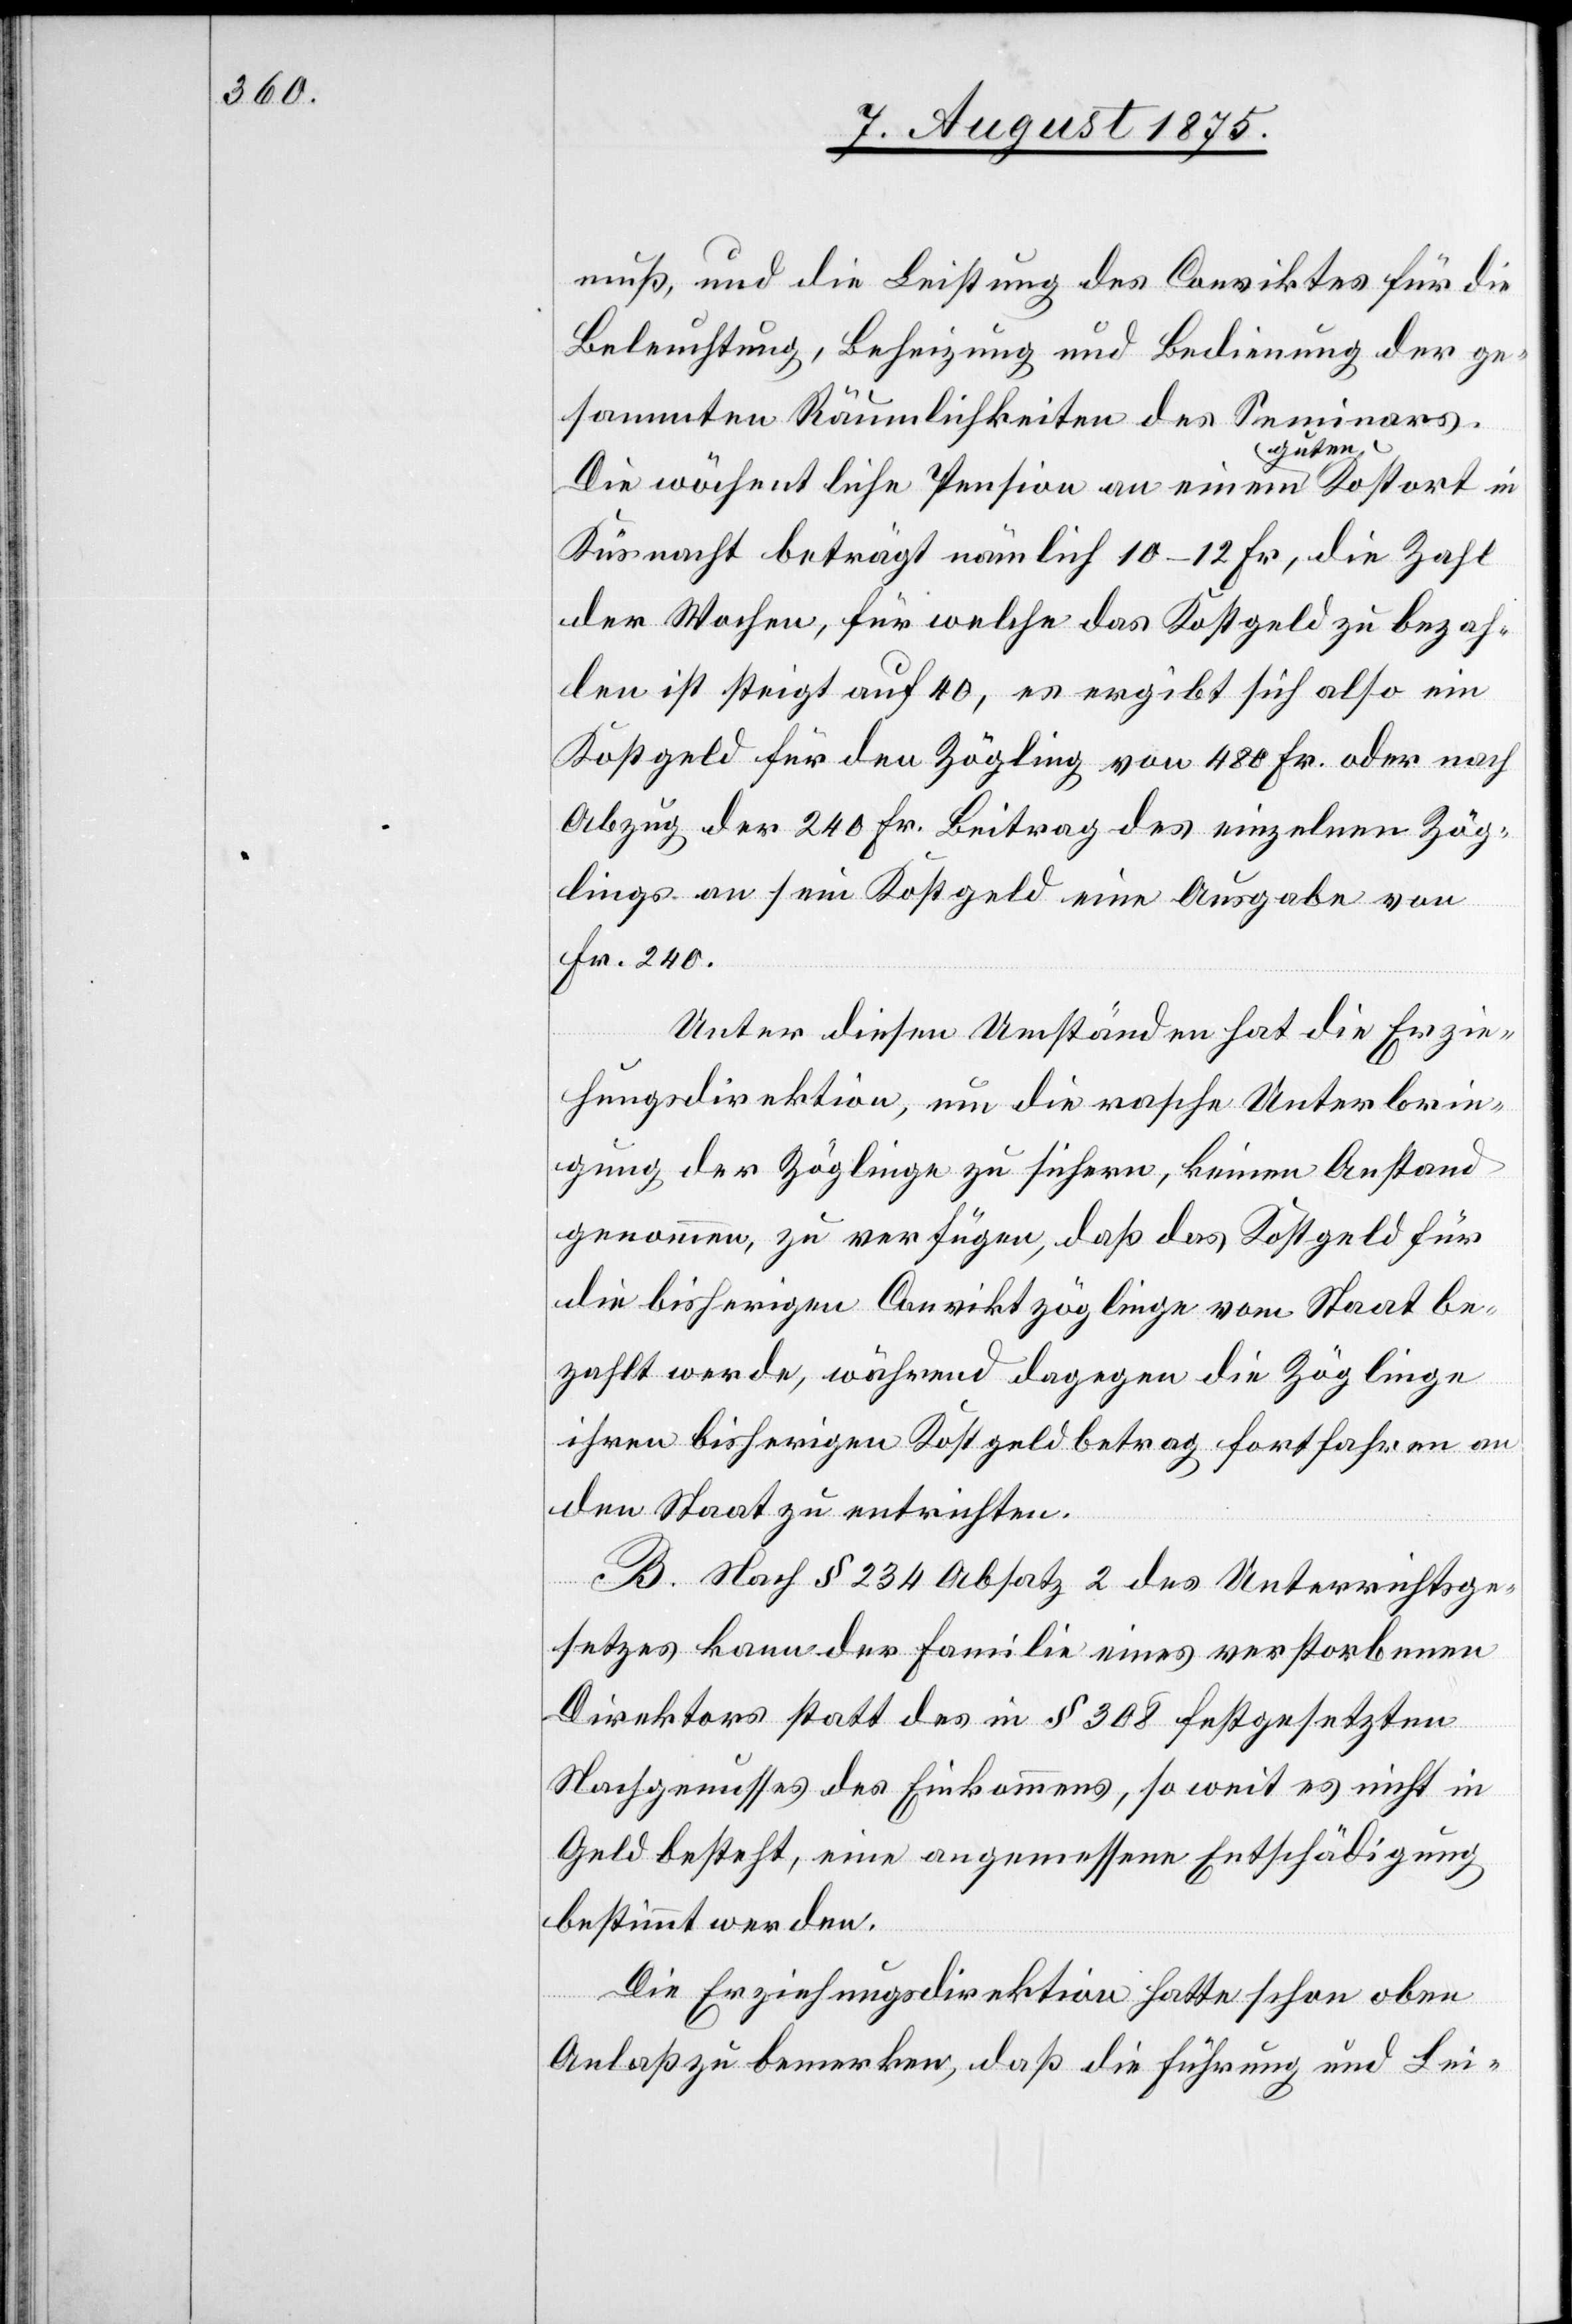
muß, und die Leistung des Conviktes für die
Beleuchtung, Beheizung und Bedienung der ge¬
sammten Räumlichkeiten des Seminars.
Die wöchentliche Pension an einem guten Kostort in
Küsnacht beträgt nämlich 10–12 Fr., die Zahl
der Wochen, für welche das Kostgeld zu bezah¬
len ist steigt auf 40, es ergibt sich also ein
Kostgeld für den Zögling von 480 Fr. oder nach
Abzug der 240 Fr. Beitrag des einzelnen Zög¬
lings an sein Kostgeld eine Ausgabe von
Fr. 240.
Unter diesen Umständen hat die Erzie¬
hungsdirektion, nun die rasche Unterbrin¬
gung der Zöglinge zu sichern, keinen Anstand
genommen, zu verfügen, daß das Kostgeld für
die bisherigen Conviktzöglinge vom Staat be¬
zahlt werde, während dagegen die Zöglinge
ihren bisherigen Kostgeldbetrag fortfahren an
den Staat zu entrichten.
B. Nach § 234 Absatz 2 des Unterrichtsge¬
setzes kann der Familie eines verstorbenen
Direktors statt des in § 308 festgesetzten
Nachgenusses des Einkommens, so weit es nicht in
Geld besteht, eine angemessene Entschädigung
bestimmt werden.
Die Erziehungsdirektion hatte schon oben
Anlaß zu bemerken, daß die Führung und Lei-